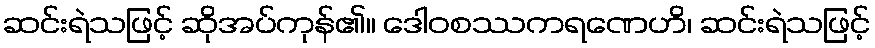
ဆင်းရဲသဖြင့် ဆိုအပ်ကုန်၏။ ဒေါဝစဿကရဏေဟိ၊ ဆင်းရဲသဖြင့်